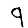
Digit: 9